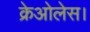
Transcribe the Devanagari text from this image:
क्रेओलेस।